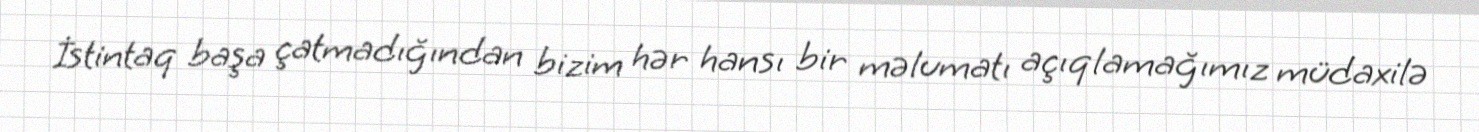
İstintaq başa çatmadığından bizim hər hansı bir məlumatı açıqlamağımız müdaxilə